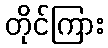
တိုင်ကြား